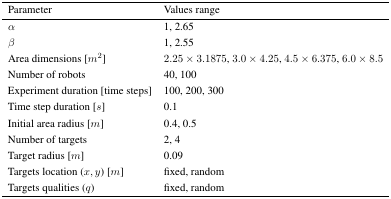
<table><thead><tr><td><b>Parameter</b></td><td><b>Values range</b></td></tr></thead><tbody><tr><td><i>α</i></td><td>1, 2.65</td></tr><tr><td><i>ß</i></td><td>1, 2.55</td></tr><tr><td>Area dimensions [<i>m</i><sup>2</sup>]</td><td>2.25 × 3.1875, 3.0 × 4.25, 4.5 × 6.375, 6.0 × 8.5</td></tr><tr><td>Number of robots</td><td>40, 100</td></tr><tr><td>Experiment duration [time steps]</td><td>100, 200, 300</td></tr><tr><td>Time step duration [<i>s</i>]</td><td>0.1</td></tr><tr><td>Initial area radius [<i>m</i>]</td><td>0.4, 0.5</td></tr><tr><td>Number of targets</td><td>2, 4</td></tr><tr><td>Target radius [<i>m</i>]</td><td>0.09</td></tr><tr><td>Targets location (<i>x</i>, <i>y</i>) [<i>m</i>]</td><td>fixed, random</td></tr><tr><td>Targets qualities (<i>q</i>)</td><td>fixed, random</td></tr></tbody></table>